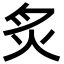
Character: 炙